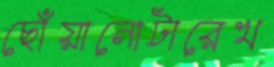
ছোঁয়ানোটারেখ